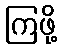
ကြဖို့